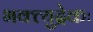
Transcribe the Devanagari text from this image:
भक्त्युद्रेकः